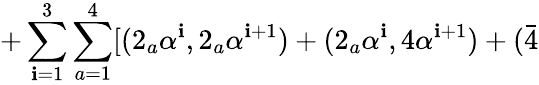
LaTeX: +\sum_{\mathbf{i}=1}^{3}\sum_{a=1}^{4}[(2_{a}\alpha^{\mathbf{i}},2_{a}\alpha^{\mathbf{i}+1})+(2_{a}\alpha^{\mathbf{i}},4\alpha^{\mathbf{i}+1})+(\bar{{4}}